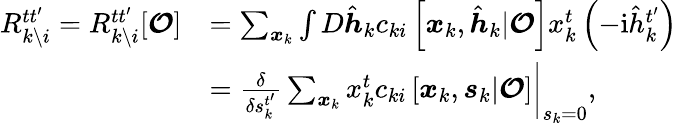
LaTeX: \begin{array}{rl}{R_{k\setminus i}^{tt^{\prime}}=R_{k\setminus i}^{tt^{\prime}}[\boldsymbol{\mathcal{O}}]}&{=\sum_{\boldsymbol{x}_{k}}\int D\hat{\boldsymbol{h}}_{k}c_{ki}\left[\boldsymbol{x}_{k},\hat{\boldsymbol{h}}_{k}|\boldsymbol{\mathcal{O}}\right]x_{k}^{t}\left(-\mathrm{i}\hat{h}_{k}^{t^{\prime}}\right)}\\ &{=\left.\frac{\delta}{\delta{s}_{k}^{t^{\prime}}}\sum_{\boldsymbol{x}_{k}}x_{k}^{t}c_{ki}\left[\boldsymbol{x}_{k},\boldsymbol{s}_{k}|\boldsymbol{\mathcal{O}}\right]\right|_{s_{k}=0},}\end{array}